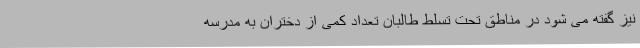
نیز گفته می شود در مناطق تحت تسلط طالبان تعداد کمی از دختران به مدرسه